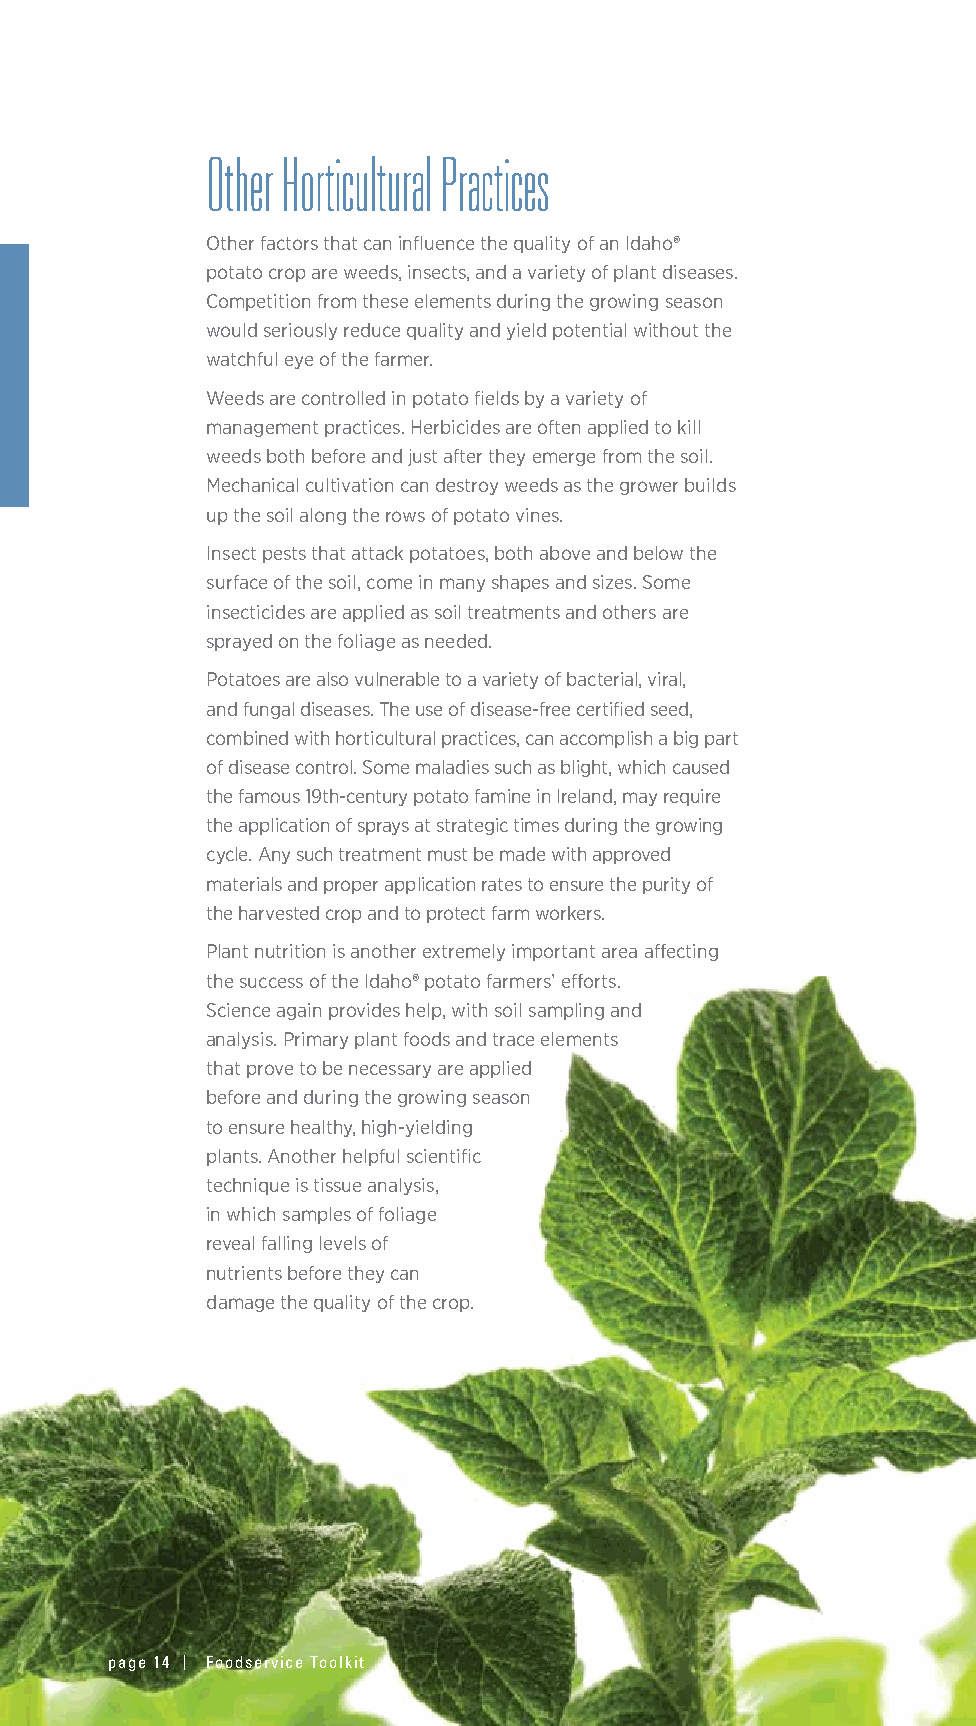
Other Horticultural Practices
 Other factors that can influence the quality of an Idaho®
 potato crop are weeds, insects, and a variety of plant diseases.
 Competition from these elements during the growing season
 would seriously reduce quality and yield potential without the
 watchful eye of the farmer.
 Weeds are controlled in potato fields by a variety of
 management practices. Herbicides are often applied to kill
 weeds both before and just after they emerge from the soil.
 Mechanical cultivation can destroy weeds as the grower builds
 up the soil along the rows of potato vines.
 Insect pests that attack potatoes, both above and below the
 surface of the soil, come in many shapes and sizes. Some
 insecticides are applied as soil treatments and others are
 sprayed on the foliage as needed.
 Potatoes are also vulnerable to a variety of bacterial, viral,
 and fungal diseases. The use of disease-free certified seed,
 combined with horticultural practices, can accomplish a big part
 of disease control. Some maladies such as blight, which caused
 the famous 19th-century potato famine in Ireland, may require
 the application of sprays at strategic times during the growing
 cycle. Any such treatment must be made with approved
 materials and proper application rates to ensure the purity of
 the harvested crop and to protect farm workers.
 Plant nutrition is another extremely important area affecting
 the success of the Idaho® potato farmers’ efforts.
 Science again provides help, with soil sampling and
 analysis. Primary plant foods and trace elements
 that prove to be necessary are applied
 before and during the growing season
 to ensure healthy, high-yielding
 plants. Another helpful scientific
 technique is tissue analysis,
 in which samples of foliage
 reveal falling levels of
 nutrients before they can
 damage the quality of the crop.
 page 14 | Foodservice Toolkit